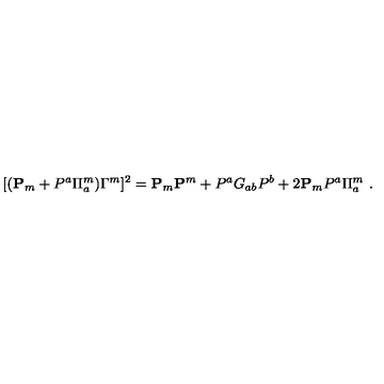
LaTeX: [ ( { \bf P } _ { m } + P ^ { a } \Pi _ { a } ^ { m } ) \Gamma ^ { m } ] ^ { 2 } = { \bf P } _ { m } { \bf P } ^ { m } + P ^ { a } G _ { a b } P ^ { b } + 2 { \bf P } _ { m } P ^ { a } \Pi _ { a } ^ { m } \ .